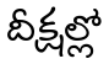
దీక్షల్లో